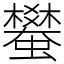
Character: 蠜